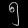
Digit: ၅